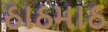
ઠાઠમાઠ